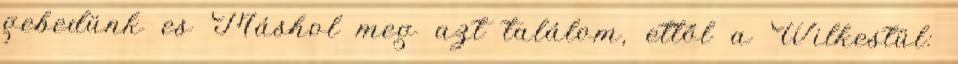
gebedünk es Máshol meg azt találom, ettől a Wilkestül: